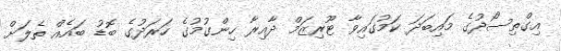
އިގްތިސޯދުގެ މައިބަދަ ކަމުގައިވާ ޓޫރިޒަމް ދާއިރާ ހިންގުމުގެ ހަރަދުގެ ބޮޑު ބައެއް ތެލަށް